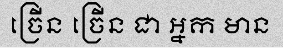
ច្រើន ច្រើន ជា អ្នក មាន